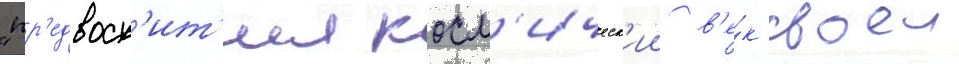
"пр'едвосх'ит'ил косм'ическ'ии в'е́к своеи